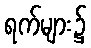
ရက်များ၌